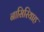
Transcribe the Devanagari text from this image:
नासिरियाह